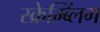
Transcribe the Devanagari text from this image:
स्क्रेम्ब्लिंग